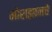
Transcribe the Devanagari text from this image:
मोराझानचे